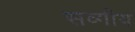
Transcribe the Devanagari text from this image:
सव्गीय